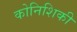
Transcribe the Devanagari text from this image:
कोनिशिकी